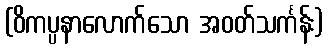
(ဝိကပ္ပနာလောက်သော အဝတ်သင်္ကန်း)